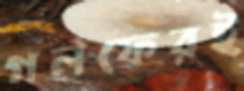
গলফেরই